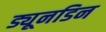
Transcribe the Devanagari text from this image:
ड्यूनडिन